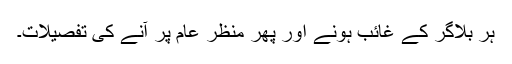
ہر بلاگر کے غائب ہونے اور پھر منظر عام پر آنے کی تفصیلات۔